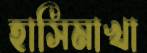
হাসিমাখা